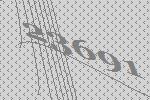
23691